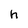
Character: h